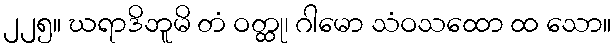
၂၂၅။ ဃရာဒိဘူမိ တံ ဝတ္ထု၊ ဂါမော သံဝသထော ထ သော။